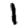
Digit: 1